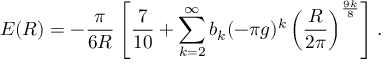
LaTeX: E ( R ) = - \frac { \pi } { 6 R } \left[ { \frac { 7 } { 1 0 } } + \sum _ { k = 2 } ^ { \infty } b _ { k } ( - \pi g ) ^ { k } \left( \frac { R } { 2 \pi } \right) ^ { \frac { 9 k } { 8 } } \right] .